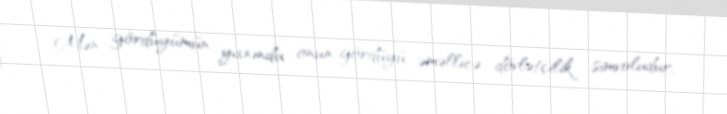
Mən gördüyümün yanında onun gördüyü əməllicə dövlətçilik simvoludur.